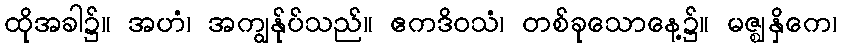
ထိုအခါ၌။ အဟံ၊ အကျွန်ုပ်သည်။ ဧကဒိဝသံ၊ တစ်ခုသောနေ့၌။ မဇ္ဈနှိကေ၊